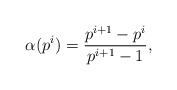
\begin{align*}\alpha(p^i)=\frac{p^{i+1}-p^{i}}{p^{i+1}-1},\end{align*}